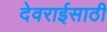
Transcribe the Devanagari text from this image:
देवराईसाठी